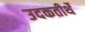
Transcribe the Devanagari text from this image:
उदकतीर्थे